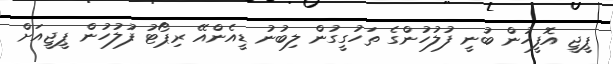
ޕީޖީ އޮފީހުން ބުނީ ފުލުހުންގެ ތަހުގީގުން ލިބުނު ޑީއެންއޭ ރިޕޯޓު ފުލުހުން ޕީޖީއަށް